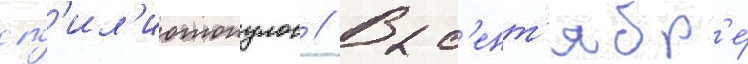
сп'ил'иотопулос // В с'ент'ябр'е́